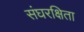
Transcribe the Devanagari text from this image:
संघरक्षिता